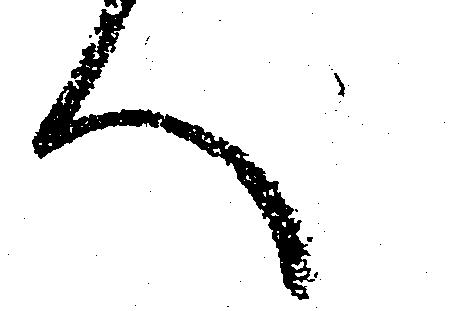
へ